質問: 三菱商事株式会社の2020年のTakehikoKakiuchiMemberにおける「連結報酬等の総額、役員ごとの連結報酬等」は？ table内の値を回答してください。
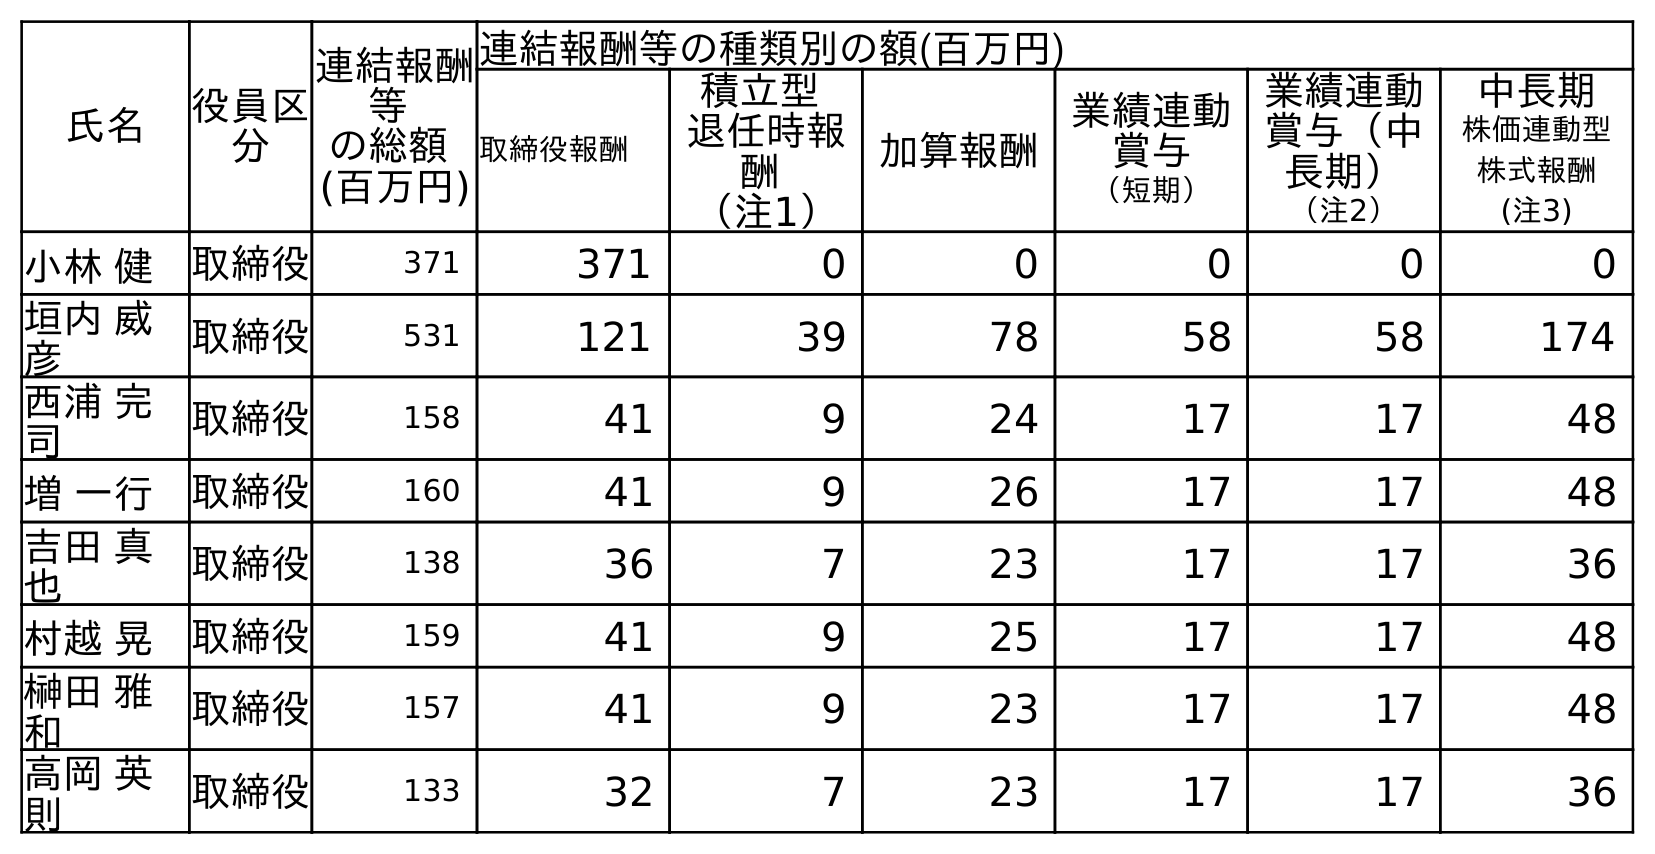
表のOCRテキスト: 氏名 役員区 分 連結報酬 等 の総額 (百万円) 連結報酬等の種類別の額(百万円) 取締役報酬 積立型 退任時報 酬 （注1） 加算報酬 業績連動 賞与 （短期） 業績連動 賞与（中 長期） （注2） 中長期 株価連動型 株式報酬 (注3) 小林 健 取締役 371 371 0 0 0 0 0 垣内 威 彦 取締役 531 121 39 78 58 58 174 西浦 完 司 取締役 158 41 9 24 17 17 48 増 一行 取締役 160 41 9 26 17 17 48 吉田 真 也 取締役 138 36 7 23 17 17 36 村越 晃 取締役 159 41 9 25 17 17 48 榊田 雅 和 取締役 157 41 9 23 17 17 48 高岡 英 則 取締役 133 32 7 23 17 17 36
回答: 531